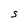
Character: S